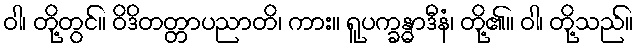
ဝါ၊ တို့တွင်။ ဝိဒိတတ္တာပညာတိ၊ ကား။ ရူပက္ခန္ဓာဒီနံ၊ တို့၏။ ဝါ၊ တို့သည်။